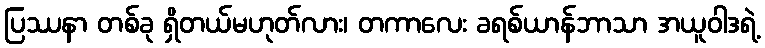
ပြဿနာ တစ်ခု ရှိတယ်မဟုတ်လား၊ တကာလေး ခရစ်ယာန်ဘာသာ အယူဝါဒရဲ့